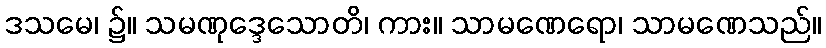
ဒသမေ၊ ၌။ သမဏုဒ္ဒေသောတိ၊ ကား။ သာမဏေရော၊ သာမဏေသည်။